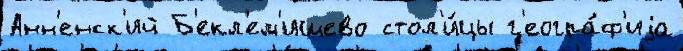
Анн'енск'ий Б'екл'ем'ищево стол'и́цы г'еогра́ф'иjа